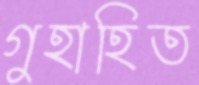
গুহাহিত